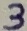
Text: 3